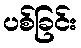
ပစ်ခြင်း